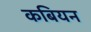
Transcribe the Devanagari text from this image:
कबियन